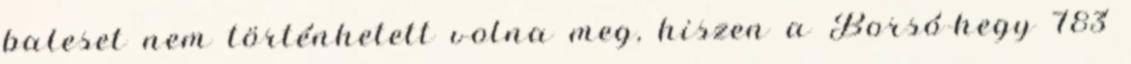
baleset nem történhetett volna meg, hiszen a Borsó-hegy 783